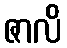
ဇာလိ